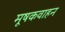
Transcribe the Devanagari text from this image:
मूषकवाहन